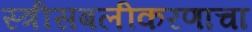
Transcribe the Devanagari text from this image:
स्त्रीसबलीकरणाचा